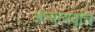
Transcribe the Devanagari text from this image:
अन्यायवृत्ति